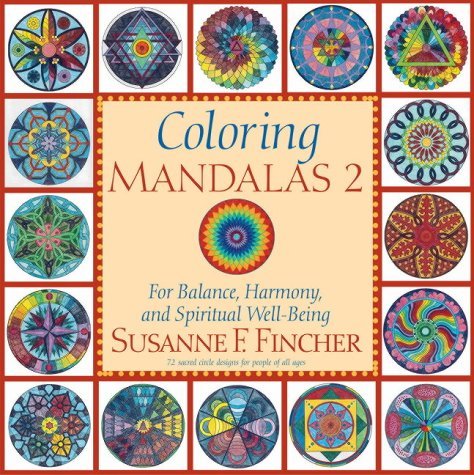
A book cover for Coloring Mandalas 2 (Vol 2); Susanne F. Fincher; Crafts, Hobbies & Home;